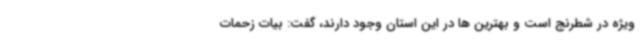
ویژه در شطرنج است و بهترین ها در این استان وجود دارند، گفت: بیات زحمات